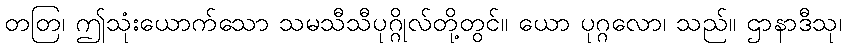
တတြ၊ ဤသုံးယောက်သော သမသီသီပုဂ္ဂိုလ်တို့တွင်။ ယော ပုဂ္ဂလော၊ သည်။ ဌာနာဒီသု၊